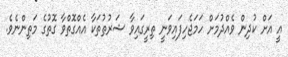
އީ އަށް ކުދިން ވެއްދުމަށް ހަމަޖެހިފައިވަނީ ތިރީގައިވާ ޝަރުޠުތަކާ އެއްގޮތްވާ ގޮތުގެ މަތިންނެވެ.